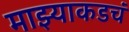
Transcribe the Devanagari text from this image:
माझ्याकडचं